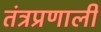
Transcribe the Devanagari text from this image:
तंत्रप्रणाली